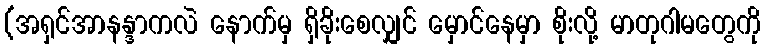
(အရှင်အာနန္ဒာကလဲ နောက်မှ ရှိခိုးစေလျှင် မှောင်နေမှာ စိုးလို့ မာတုဂါမတွေကို